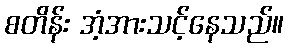
စတိန်း အံ့အားသင့်နေသည်။